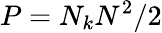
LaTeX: P=N_{k}N^{2}/2